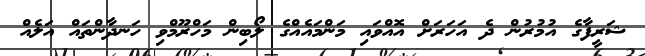
ޝަރީފާގެ އުމުރުން ދެ އަހަރަށް އޮއްވައި މަންމައެއްގެ ލޯބިން މަހްރޫމްވި ހަނދާންތައް އަލެއް